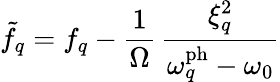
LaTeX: \tilde{f}_{q}=f_{q}-\frac{1}{\Omega}\, \frac{\xi_{q}^{2}}{\omega_{q}^{\mathrm{ph}}-\omega_{0}}